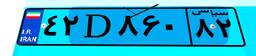
۴۲D۸۶۰۸۲